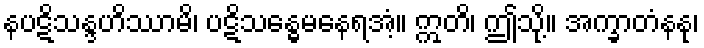
နပဋိသန္ဒဟိဿာမိ၊ ပဋိသန္ဓေမနေရအံ့။ ဣတိ၊ ဤသို့။ အက္ခာတံနနု၊